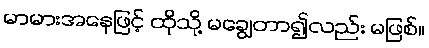
မာမားအနေဖြင့် ထိုသို့ မချွေတာ၍လည်း မဖြစ်။